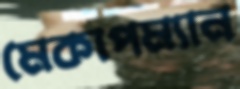
মেকাপম্যান